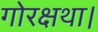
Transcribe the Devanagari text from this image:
गोरक्षथा।